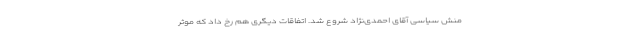
منش سیاسی آقای احمدی‌نژاد شروع شد. اتفاقات دیگری هم رخ داد که موثر